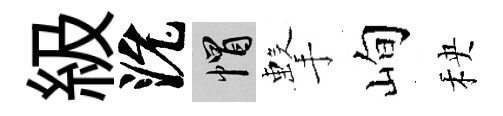
級沇帽擊峋秧